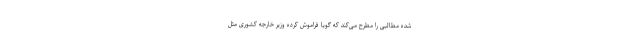
شده مطالبی را مطرح می‌کند که گویا فراموش کرده وزیر خارجه کشوری مثل